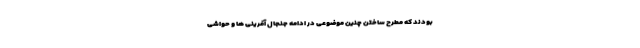
بودند که مطرح ساختن چنین موضوعی در ادامه جنجال آفرینی ها و حواشی